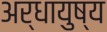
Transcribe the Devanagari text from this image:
अर्धायुष्य